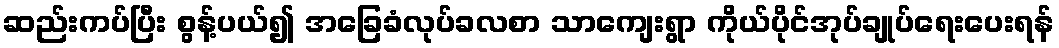
ဆည်းကပ်ပြီး စွန့်ပယ်၍ အခြေခံလုပ်ခလစာ သာကျေးရွာ ကိုယ်ပိုင်အုပ်ချုပ်ရေးပေးရန်